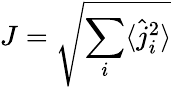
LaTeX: J=\sqrt{\sum_{i}\langle\hat{j}_{i}^{2}\rangle}